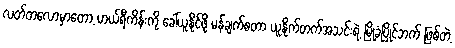
လတ်တလောမှာတော့ ဟယ်ရီကိန်းကို ခေါ်ယူနိုင်ဖို့ မန်ချက်စတာ ယူနိုက်တက်အသင်းရဲ့ မြို့ခံပြိုင်ဘက် ဖြစ်တဲ့